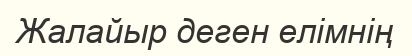
Жалайыр деген елімнің